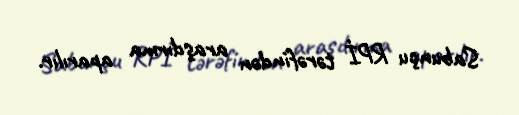
Sabunçu RPİ tərəfindən araşdırma aparılır.